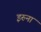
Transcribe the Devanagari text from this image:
इरुना